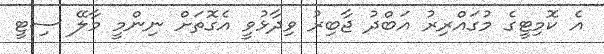
އެ ކޮމިޓީގެ މުގައްރިރު އަބްދު ޖާބިރު ވިދާޅުވީ އެގޮތަށް ނިންމީ މާލޭ ސިޓީ